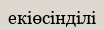
екіөсінділі